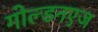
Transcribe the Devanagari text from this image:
गोल्डनएज